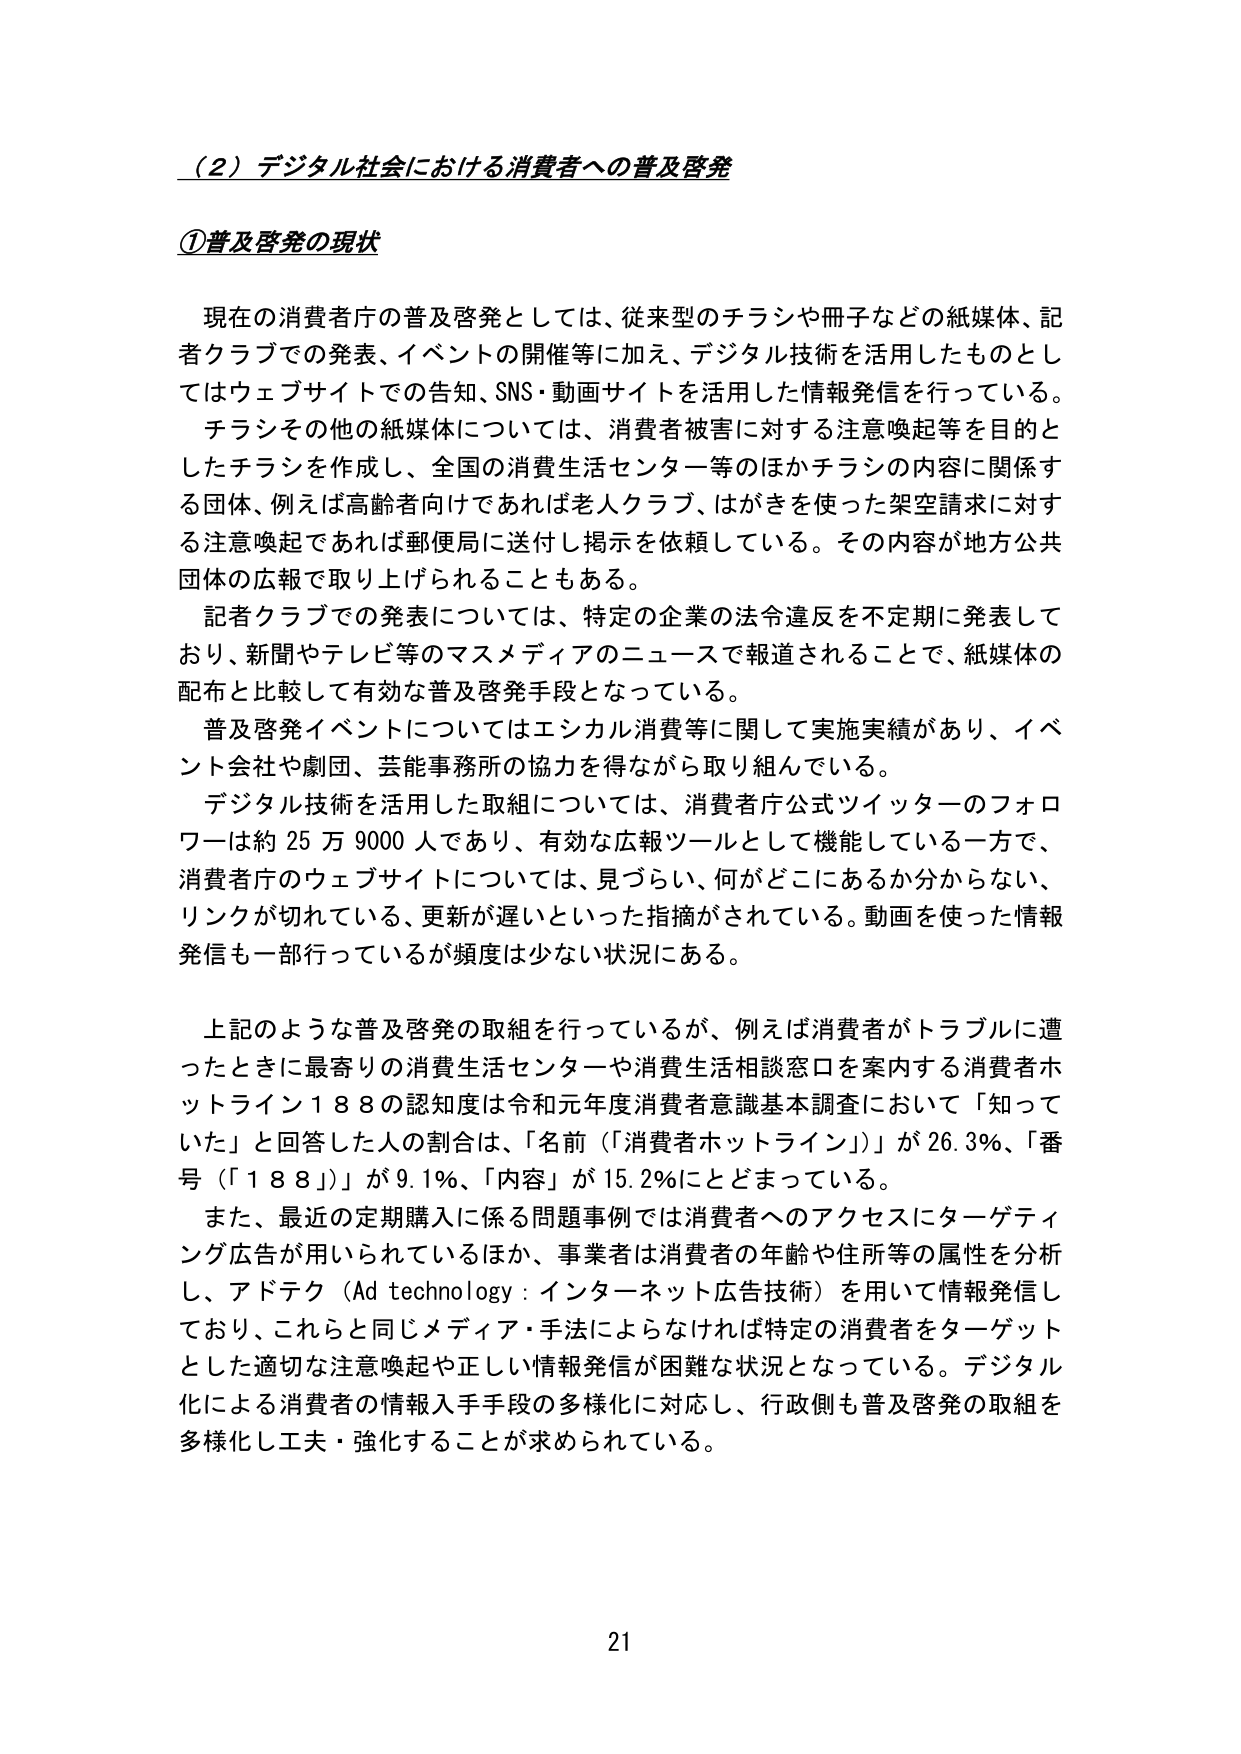
（2）デジタル社会における消費者への普及啓発

①普及啓発の現状

現在の消費者庁の普及啓発としては、従来型のチラシや冊子などの紙媒体、記者クラブでの発表、イベントの開催等に加え、デジタル技術を活用したものとしてはウェブサイトでの告知、SNS・動画サイトを活用した情報発信を行っている。

チラシその他の紙媒体については、消費者被害に対する注意喚起等を目的としたチラシを作成し、全国の消費生活センター等のほかチラシの内容に関係する団体、例えば高齢者向けであれば老人クラブ、はがきを使った架空請求に対する注意喚起であれば郵便局に送付し掲示を依頼している。その内容が地方公共団体の広報で取り上げられることもある。

記者クラブでの発表については、特定の企業の法令違反を不定期に発表しており、新聞やテレビ等のマスメディアのニュースで報道されることで、紙媒体の配布と比較して有効な普及啓発手段となっている。

普及啓発イベントについてはエシカル消費等に関して実施実績があり、イベント会社や劇団、芸能事務所の協力を得ながら取り組んでいる。

デジタル技術を活用した取組については、消費者庁公式ツイッターのフォロワーは約25万9000人であり、有効な広報ツールとして機能している一方で、消費者庁のウェブサイトについては、見づらい、何がどこにあるか分からない、リンクが切れている、更新が遅いといった指摘がされている。動画を使った情報発信も一部行っているが頻度は少ない状況にある。

上記のような普及啓発の取組を行っているが、例えば消費者がトラブルに遭ったときに最寄りの消費生活センターや消費生活相談窓口を案内する消費者ホットライン188の認知度は令和元年度消費者意識基本調査において「知っていた」と回答した人の割合は、「名前（「消費者ホットライン」）」が26.3％、「番号（「188」）」が9.1％、「内容」が15.2％にとどまっている。

また、最近の定期購入に係る問題事例では消費者へのアクセスにターゲティング広告が用いられているほか、事業者は消費者の年齢や住所等の属性を分析し、アドテク（Ad technology：インターネット広告技術）を用いて情報発信しており、これらと同じメディア・手法によらなければ特定の消費者をターゲットとした適切な注意喚起や正しい情報発信が困難な状況となっている。デジタル化による消費者の情報入手手段の多様化に対応し、行政側も普及啓発の取組を多様化し工夫・強化することが求められている。

21